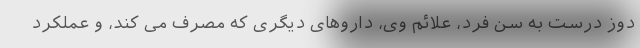
دوز درست به سن فرد، علائم وی، داروهای دیگری که مصرف می کند، و عملکرد